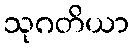
သုဂတိယာ